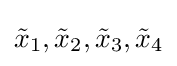
{\tilde {x}}_{1},{\tilde {x}}_{2},{\tilde {x}}_{3},{\tilde {x}}_{4}